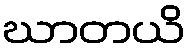
ဃာတယိ